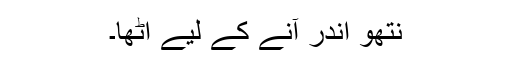
نتھو اندر آنے کے لیے اُٹھا۔